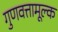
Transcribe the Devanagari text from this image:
गुणवत्तामूल्क